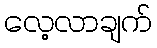
လေ့လာချက်